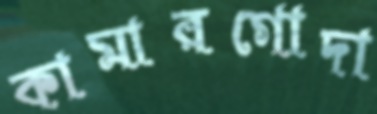
কামারগোদা